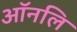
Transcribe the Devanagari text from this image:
ऑनलि